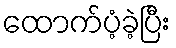
ထောက်ပံ့ခဲ့ပြီး